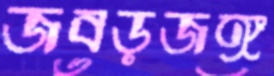
জবড়জঙ্গ